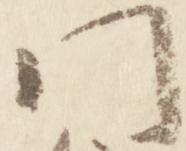
門